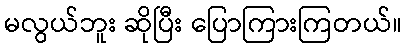
မလွယ်ဘူး ဆိုပြီး ပြောကြားကြတယ်။